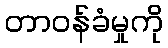
တာဝန်ခံမှုကို